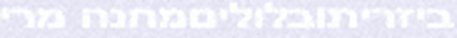
ביזריתובלוליםמחנה מרי